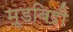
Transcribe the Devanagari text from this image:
मूडबिद्री